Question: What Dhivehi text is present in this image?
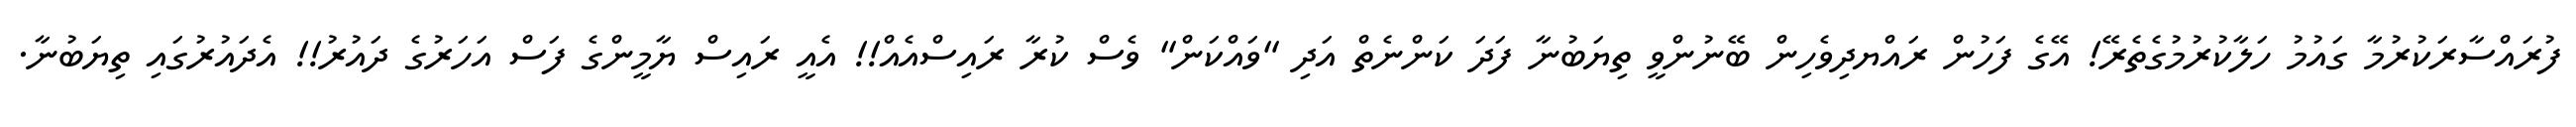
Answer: ފުރައްސާރަކުރުމާ ގައުމު ހަލާކުރުމުގެތެރޭ! އޭގެ ފަހުން ރައްޔދިވެހިން ބޭނުންވީ ތިޔަބުނާ ފަދަ ކަންނެތް އަދި "ވައްކަން" ވެސް ކުރާ ރައިސްއެއް!! އެއީ ރައިސް ޔާމީންގެ ފަސް އަހަރުގެ ދައުރު!! އެދައުރުގައި ތިޔަބުނާ.